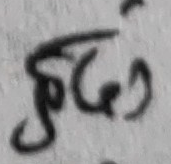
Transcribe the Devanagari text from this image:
फिम्यारु